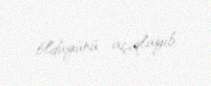
öldüyünü açıqlayıb.